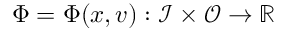
\Phi = \Phi ( x , v ) : \mathcal { I } \times \mathcal { O } \to \mathbb { R }